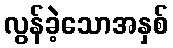
လွန်ခဲ့သောအနှစ်